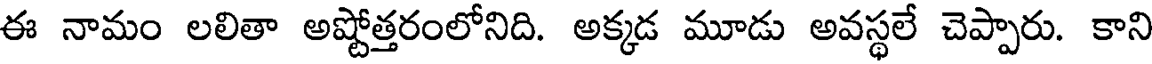
ఈ నామం లలితా అష్టోత్తరంలోనిది. అక్కడ మూడు అవస్థలే చెప్పారు. కాని